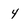
Character: 4